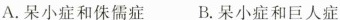
A.呆小症和侏儒症 B.呆小症和巨人症